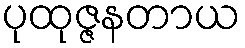
ပုထုဇ္ဇနတာယ